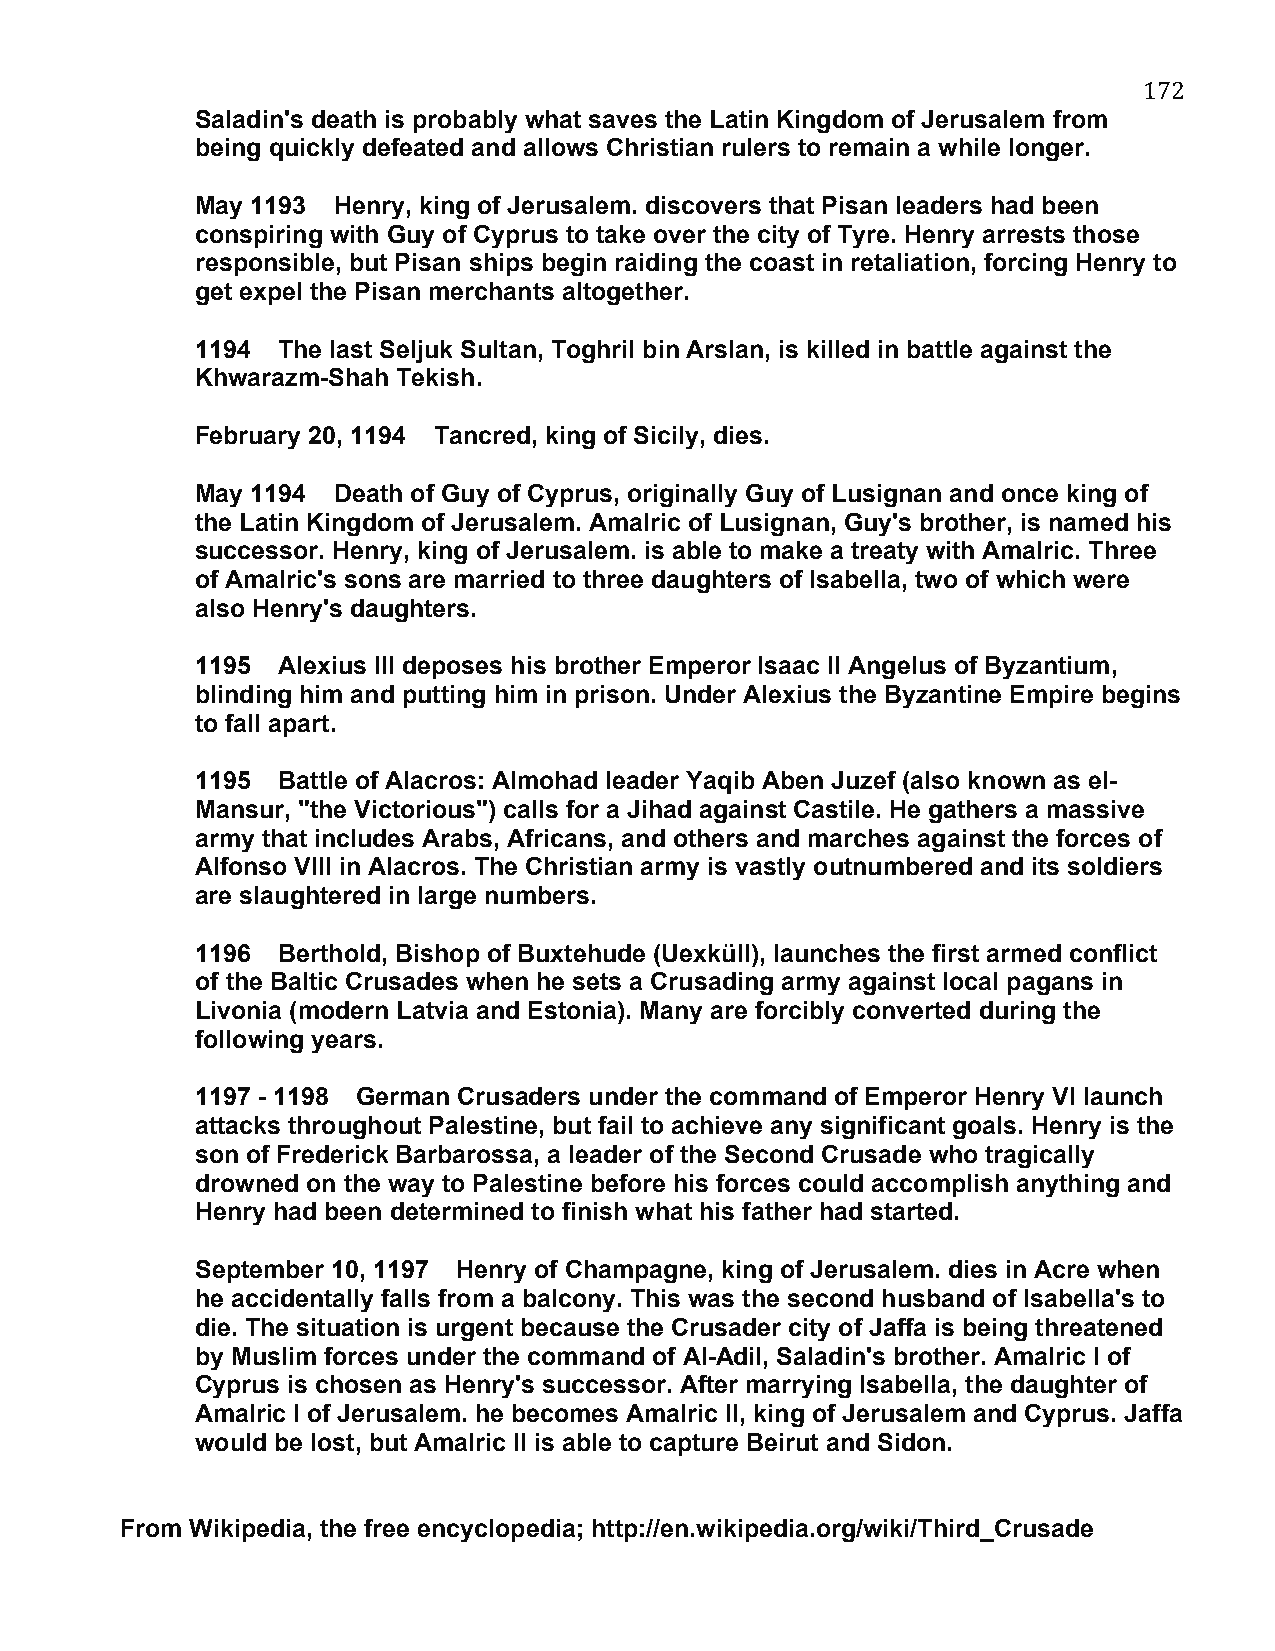
172
 Saladin's death is probably what saves the Latin Kingdom of Jerusalem from
 being quickly defeated and allows Christian rulers to remain a while longer.
 May 1193 Henry, king of Jerusalem. discovers that Pisan leaders had been
 conspiring with Guy of Cyprus to take over the city of Tyre. Henry arrests those
 responsible, but Pisan ships begin raiding the coast in retaliation, forcing Henry to
 get expel the Pisan merchants altogether.
 1194 The last Seljuk Sultan, Toghril bin Arslan, is killed in battle against the
 Khwarazm-Shah Tekish.
 February 20, 1194 Tancred, king of Sicily, dies.
 May 1194 Death of Guy of Cyprus, originally Guy of Lusignan and once king of
 the Latin Kingdom of Jerusalem. Amalric of Lusignan, Guy's brother, is named his
 successor. Henry, king of Jerusalem. is able to make a treaty with Amalric. Three
 of Amalric's sons are married to three daughters of Isabella, two of which were
 also Henry's daughters.
 1195 Alexius III deposes his brother Emperor Isaac II Angelus of Byzantium,
 blinding him and putting him in prison. Under Alexius the Byzantine Empire begins
 to fall apart.
 1195 Battle of Alacros: Almohad leader Yaqib Aben Juzef (also known as el-
 Mansur, "the Victorious") calls for a Jihad against Castile. He gathers a massive
 army that includes Arabs, Africans, and others and marches against the forces of
 Alfonso VIII in Alacros. The Christian army is vastly outnumbered and its soldiers
 are slaughtered in large numbers.
 1196 Berthold, Bishop of Buxtehude (Uexküll), launches the first armed conflict
 of the Baltic Crusades when he sets a Crusading army against local pagans in
 Livonia (modern Latvia and Estonia). Many are forcibly converted during the
 following years.
 1197 - 1198 German Crusaders under the command of Emperor Henry VI launch
 attacks throughout Palestine, but fail to achieve any significant goals. Henry is the
 son of Frederick Barbarossa, a leader of the Second Crusade who tragically
 drowned on the way to Palestine before his forces could accomplish anything and
 Henry had been determined to finish what his father had started.
 September 10, 1197 Henry of Champagne, king of Jerusalem. dies in Acre when
 he accidentally falls from a balcony. This was the second husband of Isabella's to
 die. The situation is urgent because the Crusader city of Jaffa is being threatened
 by Muslim forces under the command of Al-Adil, Saladin's brother. Amalric I of
 Cyprus is chosen as Henry's successor. After marrying Isabella, the daughter of
 Amalric I of Jerusalem. he becomes Amalric II, king of Jerusalem and Cyprus. Jaffa
 would be lost, but Amalric II is able to capture Beirut and Sidon.
 From Wikipedia, the free encyclopedia; http://en.wikipedia.org/wiki/Third_Crusade